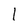
Character: l